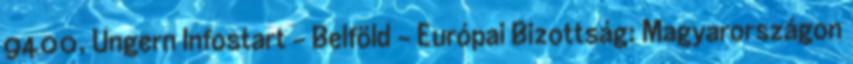
9400, Ungern Infostart - Belföld - Európai Bizottság: Magyarországon